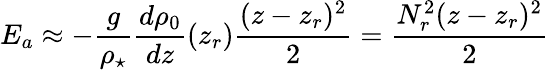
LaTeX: E_{a}\approx-\frac{g}{\rho_{\star}}\frac{d\rho_{0}}{dz}(z_{r})\frac{(z-z_{r})^{2}}{2}=\frac{N_{r}^{2}(z-z_{r})^{2}}{2}